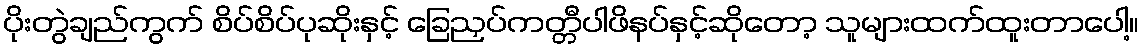
ပိုးတွဲချည်ကွက် စိပ်စိပ်ပုဆိုးနှင့် ခြေညှပ်ကတ္တီပါဖိနပ်နှင့်ဆိုတော့ သူများထက်ထူးတာပေါ့။